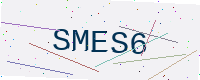
Text: SMES6